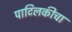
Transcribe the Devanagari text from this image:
पाटिलकीचा